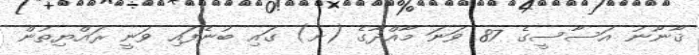
ޤާނޫނު އަސާސީގެ 87 ވަނަ މާއްދާގެ (ށ) ގައި ބުނެފައި ވަނީ ރައްޔިތުން